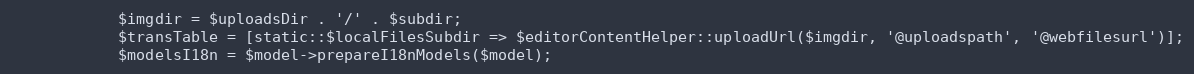
Language: PHP
            $imgdir = $uploadsDir . '/' . $subdir;
            $transTable = [static::$localFilesSubdir => $editorContentHelper::uploadUrl($imgdir, '@uploadspath', '@webfilesurl')];
            $modelsI18n = $model->prepareI18nModels($model);